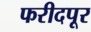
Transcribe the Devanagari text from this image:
फरीदपूर